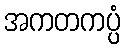
အကတကပ္ပံ